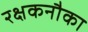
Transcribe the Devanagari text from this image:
रक्षकनौका